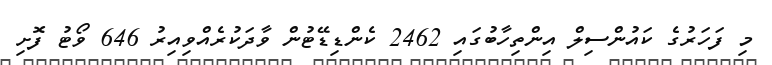
މި ފަހަރުގެ ކައުންސިލް އިންތިހާބުގައި 2462 ކެންޑިޑޭޓުން ވާދަކުރެއްވިއިރު 646 ވޯޓު ފޮށި